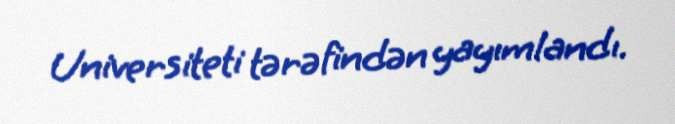
Universiteti tərəfindən yayımlandı.